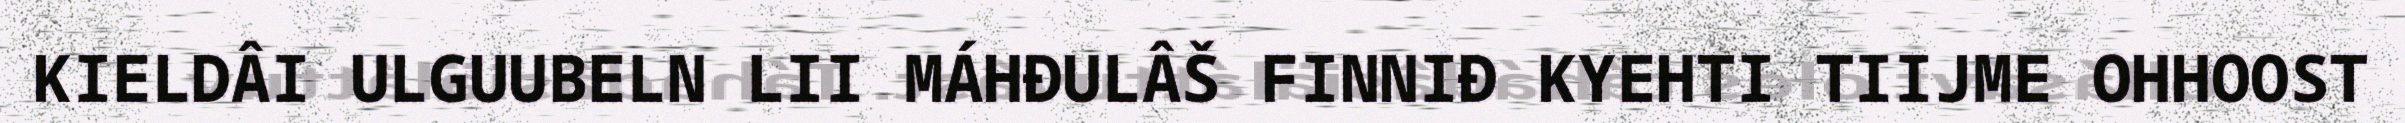
KIELDÂI ULGUUBELN LII MÁHĐULÂŠ FINNIĐ KYEHTI TIIJME OHHOOST